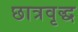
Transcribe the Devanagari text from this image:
छात्रवृद्ध